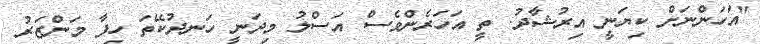
"އަހަންނަށް ކިޔަނީ އިރުޝާދު. ތީ އަހަރެންވެސް އަސްލު މިދަނީ ހަނދުކޭތަ ހިފާ މަންޒަރު